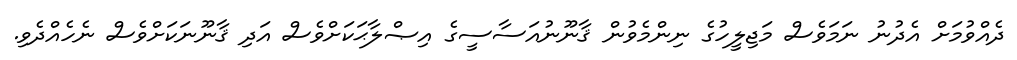
ދެއްވުމަށް އެދުނު ނަމަވެސް މަޖިލީހުގެ ނިންމެވުން ޤާނޫނުއަސާސީގެ އިޞްލާޙަކަށްވެސް އަދި ޤާނޫނަކަށްވެސް ނެހެއްދެވި.